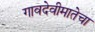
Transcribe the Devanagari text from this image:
गावदेवीमातेचा